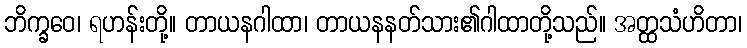
ဘိက္ခဝေ၊ ရဟန်းတို့။ တာယနဂါထာ၊ တာယနနတ်သား၏ဂါထာတို့သည်။ အတ္ထသံဟိတာ၊